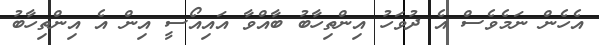
އެހެން ނަމެވެސް އެ ދުވަހު އިންތިހާބު ބާއްވާ އައިއޯސީ އިން އެ އިންތިހާބު